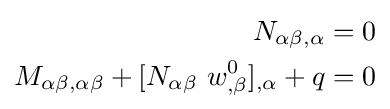
{\begin{aligned}N_{\alpha \beta ,\alpha }&=0\\M_{\alpha \beta ,\alpha \beta }+[N_{\alpha \beta }~w_{,\beta }^{0}]_{,\alpha }+q&=0\end{aligned}}